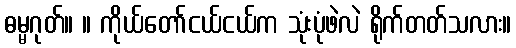
ဓမ္မဂုတ်။ ။ ကိုယ်တော်ငယ်ငယ်က သုံးပုံဖဲလဲ ရိုက်တတ်သလား။